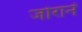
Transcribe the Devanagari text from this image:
जोरानें